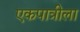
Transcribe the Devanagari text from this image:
एकपात्रीला